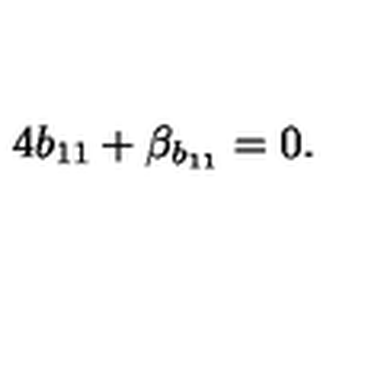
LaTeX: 4 b _ { 1 1 } + \beta _ { b _ { 1 1 } } = 0 .